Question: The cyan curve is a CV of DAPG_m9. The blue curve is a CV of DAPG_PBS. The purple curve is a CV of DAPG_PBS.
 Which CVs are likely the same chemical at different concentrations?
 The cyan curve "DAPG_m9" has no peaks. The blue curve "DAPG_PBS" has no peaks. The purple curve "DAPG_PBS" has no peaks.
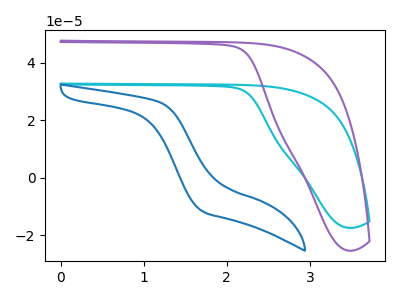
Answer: <think>Neither "DAPG_m9" or "DAPG_PBS" have any peaks. Neither "DAPG_m9" or "DAPG_PBS" have any peaks. Neither "DAPG_PBS" or "DAPG_PBS" have any peaks.
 </think>
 <answer>"DAPG_PBS", "DAPG_m9" and "DAPG_PBS" have the same shape and are likely CV's of the same chemical.</answer>
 <eval>"DAPG_PBS" "DAPG_m9" "DAPG_PBS"</eval>